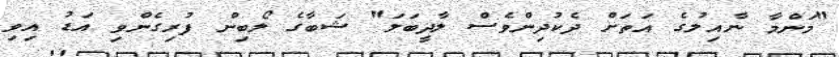
"މަންމާ ނާއިލުގެ އަތަށް ދެކުދިންވެސް ލާދީބަލަ" ޝަބާގެ ލޯބިން ފުރިގެންވި އަޑު އިވި